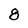
Character: 8